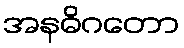
အနဓိဂတော